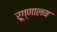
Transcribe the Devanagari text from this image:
रूग्‍णालय